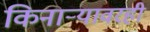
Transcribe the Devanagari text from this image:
किनाऱ्यावरही